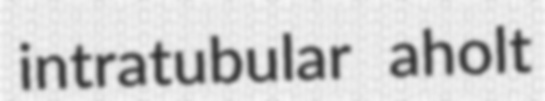
intratubular aholt